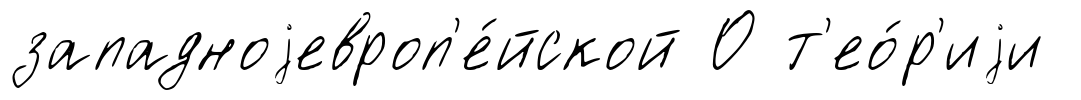
западноjевроп'е́йской О т'ео́р'иjи